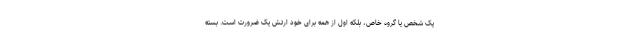
یک شخص یا گروه خاص، بلکه اول از همه برای خود ارتش یک ضرورت است. بسته